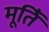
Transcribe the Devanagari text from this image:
मूतिॅ